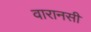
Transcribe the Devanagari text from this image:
वारानसी